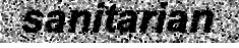
sanitarian